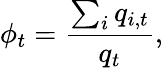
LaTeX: \phi_{t}=\frac{\sum_{i}q_{i,t}}{q_{t}},